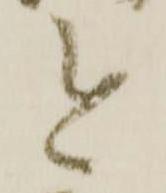
今